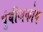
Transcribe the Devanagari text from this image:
पुंबीजकोष